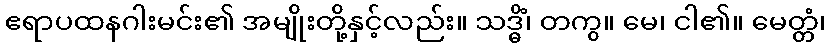
ဧရာပထနဂါးမင်း၏ အမျိုးတို့နှင့်လည်း။ သဒ္ဓိံ၊ တကွ။ မေ၊ ငါ၏။ မေတ္တံ၊